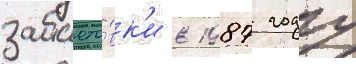
забасто́вк'и в 1987 году